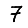
Digit: 7